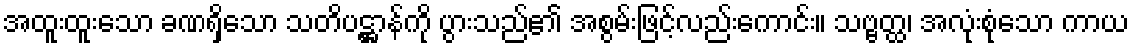
အထူးထူးသော ခဏရှိသော သတိပဋ္ဌာန်ကို ပွားသည်၏ အစွမ်းဖြင့်လည်းကောင်း။ သဗ္ဗတ္ထ၊ အလုံးစုံသော ကာယ